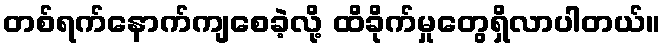
တစ်ရက်နောက်ကျစေခဲ့လို့ ထိခိုက်မှုတွေရှိလာပါတယ်။